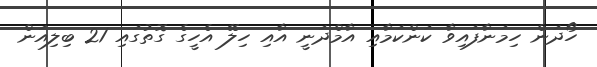
ހޯދަން ހިމަނާފައިވާ ކަންކަމާއި އާމްދަނީ އާއި ހިލޭ އެހީގެ ގޮތުގައި 21 ބިލިއަން